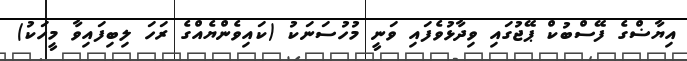
އިޔާޟްގެ ފޭސްބުކް ޕޭޖުގައި ވިދާޅުވެފައި ވަނީ މުހުސަނަކު (ކައިވެންޔެއްގެ ރަހަ ލިބިފައިވާ މީހަކު)